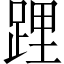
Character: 𨁫